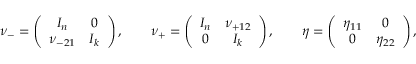
\nu _ { - } = \left( \begin{array} { c c } { { I _ { n } } } & { { 0 } } \\ { { \nu _ { - 2 1 } } } & { { I _ { k } } } \end{array} \right) , \qquad \nu _ { + } = \left( \begin{array} { c c } { { I _ { n } } } & { { \nu _ { + 1 2 } } } \\ { { 0 } } & { { I _ { k } } } \end{array} \right) , \qquad \eta = \left( \begin{array} { c c } { { \eta _ { 1 1 } } } & { { 0 } } \\ { { 0 } } & { { \eta _ { 2 2 } } } \end{array} \right) ,